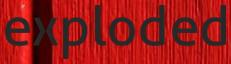
exploded